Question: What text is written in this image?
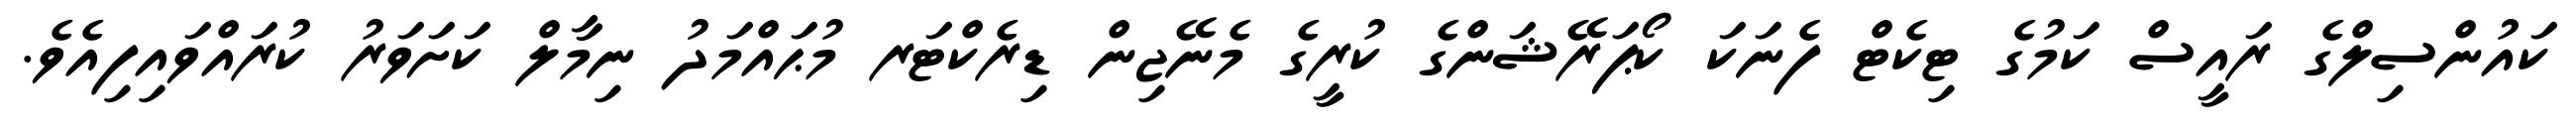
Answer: ކައުންސިލްގެ ރައީސް ކަމުގެ ޓިކެޓް ފެނަކަ ކޯޕަރޭޝަންގެ ކުރީގެ މެނޭޖިން ޑިރެކްޓަރ މުޙައްމަދު ނިމާލް ކަށަވަރު ކުރައްވައިފިއެވެ.